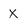
Character: X